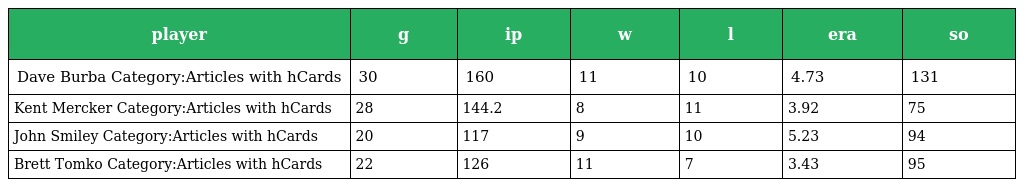
| player | g | ip | w | l | era | so |
 | --- | --- | --- | --- | --- | --- | --- |
 | Dave Burba Category:Articles with hCards | 30 | 160 | 11 | 10 | 4.73 | 131 |
 | Kent Mercker Category:Articles with hCards | 28 | 144.2 | 8 | 11 | 3.92 | 75 |
 | John Smiley Category:Articles with hCards | 20 | 117 | 9 | 10 | 5.23 | 94 |
 | Brett Tomko Category:Articles with hCards | 22 | 126 | 11 | 7 | 3.43 | 95 |